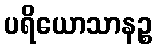
ပရိယောသာနဉ္စ